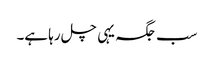
سب جگہ یہی چل رہا ہے۔